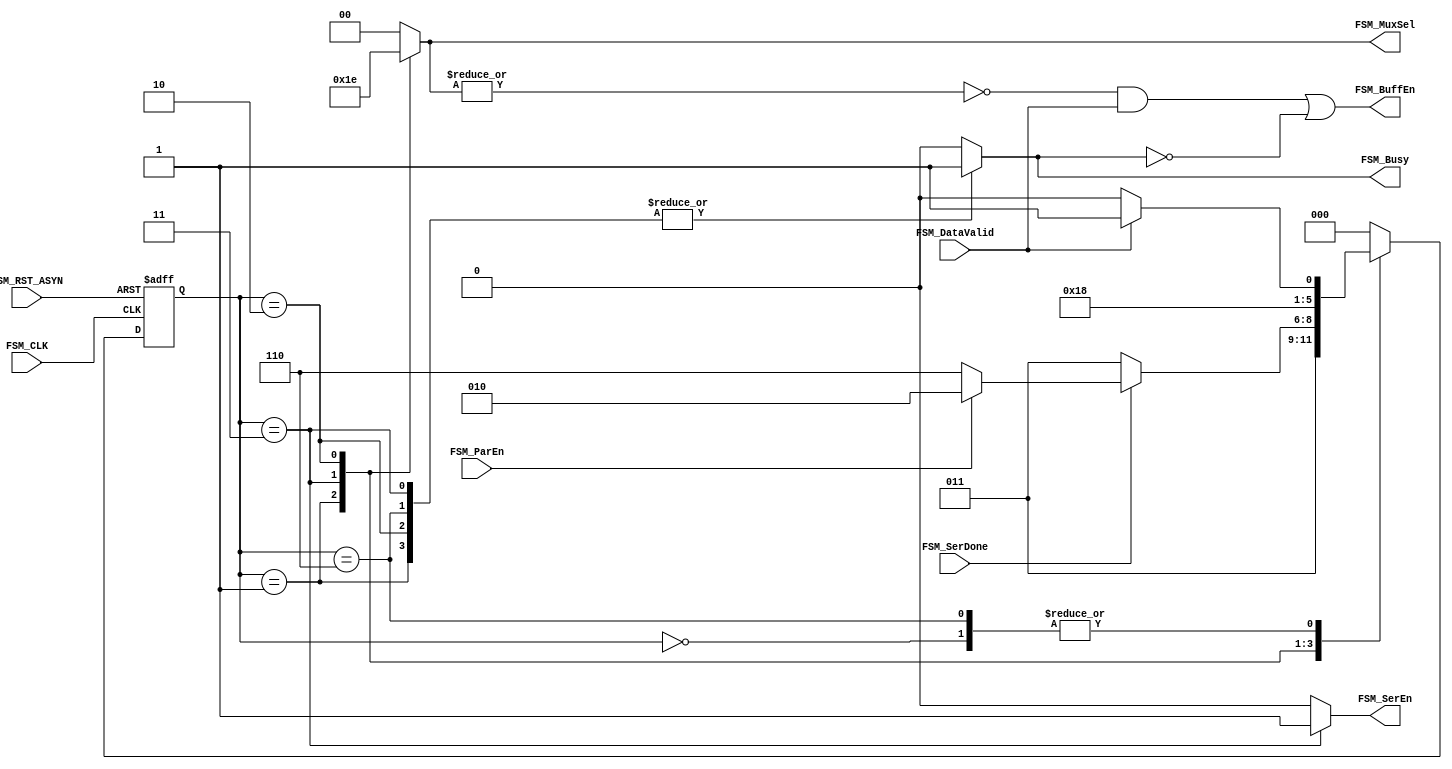
// TYPE: module
// DEPARTMENT: communication and electronics department
// AUTHOR EMAIL: mina.hannaone@gmail.com
//------------------------------------------------
// Release history
// VERSION DATE AUTHOR DESCRIPTION
// 1.0 7/7/2022 Mina Hanna final version
//------------------------------------------------
// KEYWORDS: UART controller, finite state machine, moore state machine
//------------------------------------------------
// PURPOSE:   finite state machine act as controller for uart TX\
module FSM(//defining the FSM input and outputs ports
  input     wire             FSM_RST_ASYN,
  input     wire             FSM_CLK,
  input     wire             FSM_DataValid,
  input     wire             FSM_SerDone,
  input     wire             FSM_ParEn,
  output    reg              FSM_SerEn,
  output    reg    [1:0]     FSM_MuxSel,
  output    reg              FSM_Busy,
  output    wire             FSM_BuffEn
  );
  
  /////////defining the states , gray encoding is used////////
  
  reg      [2:0]     Current_State;
  reg      [2:0]     Next_State;
  
  localparam IDLE       = 3'b000,
  Transmission_Start    = 3'b001,
  Transmission_Data     = 3'b011,
  Transmission_Parity   = 3'b010,
  Transmission_Stop     = 3'b110;
  
  /////////////////////state transition///////////////////
  always@(posedge FSM_CLK or negedge FSM_RST_ASYN)
  begin
    if(!FSM_RST_ASYN)
      Current_State <= IDLE ;
    else
      Current_State <= Next_State ;
  end
  
  //////////////////next state logic///////////////////
  always@(*)
  begin
    case(Current_State)
      IDLE                   : begin
                                if(FSM_DataValid)
                                  Next_State = Transmission_Start;
                                else
                                  Next_State = IDLE; 
                              end
      Transmission_Start    :  begin
                                Next_State = Transmission_Data;
                              end
      Transmission_Data     :  begin
                                if(FSM_SerDone)
                                  begin
                                    if(FSM_ParEn)
                                      Next_State = Transmission_Parity;
                                    else
                                      Next_State = Transmission_Stop;
                                  end
                                else
                                  begin
                                   Next_State = Transmission_Data; 
                                  end
                              end
      Transmission_Parity   :  begin
                                Next_State = Transmission_Stop;
                             end
      Transmission_Stop     :  begin
                                if(FSM_DataValid)
                                  Next_State = Transmission_Start;
                                else
                                  Next_State = IDLE;
                             end
      default               :  begin
                                Next_State = IDLE;
                             end
    endcase
  end
  
  ////////////////////output logic////////////////////
  always@(*)
  begin
    case(Current_State)
      IDLE                   : begin
                                FSM_MuxSel = 2'b00;
                                FSM_Busy = 1'b0;
                                FSM_SerEn = 1'b0; 
                              end
      Transmission_Start    :  begin
                                FSM_MuxSel = 2'b01;
                                FSM_Busy = 1'b1;
                                FSM_SerEn = 1'b0;                                
                              end
      Transmission_Data     :  begin
                                FSM_MuxSel = 2'b11;
                                FSM_Busy = 1'b1;
                                FSM_SerEn = 1'b1;                                 
                              end
      Transmission_Parity   :  begin
                                FSM_MuxSel = 2'b10;
                                FSM_Busy = 1'b1;
                                FSM_SerEn = 1'b0; 
                             end
      Transmission_Stop     :  begin
                                FSM_MuxSel = 2'b00;
                                FSM_Busy = 1'b1;
                                FSM_SerEn = 1'b0;  
                             end
      default               :  begin
                                FSM_MuxSel = 2'b00;
                                FSM_Busy = 1'b0;
                                FSM_SerEn = 1'b0;   
                             end
    endcase
  end
  assign FSM_BuffEn = ((~|FSM_MuxSel)&(FSM_DataValid))|(~FSM_Busy);
endmodule